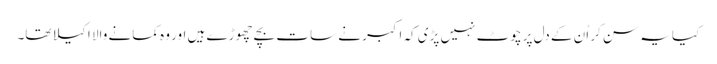
کیا یہ سن کر اُن کے دل پر چوٹ نہیں پڑی کہ اکبر نے سات بچے چھوڑے ہیں اور وہ کمانے والا اکیلا تھا۔